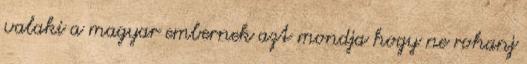
valaki a magyar embernek azt mondja hogy ne rohanj